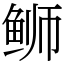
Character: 𫚕